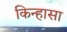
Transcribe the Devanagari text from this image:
किन्हासा